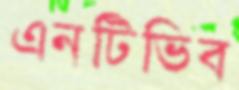
এনটিভিব